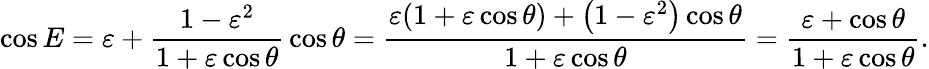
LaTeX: \cos E=\varepsilon+{\frac{1-\varepsilon^{2}}{1+\varepsilon\cos\theta}}\cos\theta={\frac{\varepsilon(1+\varepsilon\cos\theta)+\left(1-\varepsilon^{2}\right)\cos\theta}{1+\varepsilon\cos\theta}}={\frac{\varepsilon+\cos\theta}{1+\varepsilon\cos\theta}}.